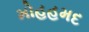
મોહહમદ